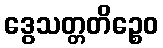
ဒွေသတ္တတိဉ္စေဝ